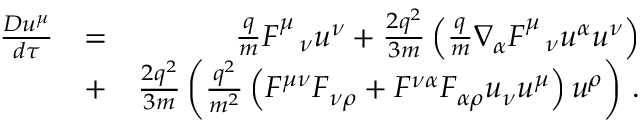
\begin{array} { r l r } { \frac { D u ^ { \mu } } { d \tau } } & { = } & { \frac { q } { m } F _ { \ \ \nu } ^ { \mu } u ^ { \nu } + \frac { 2 q ^ { 2 } } { 3 m } \left( \frac { q } { m } \nabla _ { \alpha } F _ { \ \ \nu } ^ { \mu } u ^ { \alpha } u ^ { \nu } \right) } \\ & { + } & { \frac { 2 q ^ { 2 } } { 3 m } \left( \frac { q ^ { 2 } } { m ^ { 2 } } \left( F ^ { \mu \nu } F _ { \nu \rho } + F ^ { \nu \alpha } F _ { \alpha \rho } u _ { \nu } u ^ { \mu } \right) u ^ { \rho } \right) \, . } \end{array}